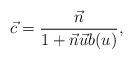
LaTeX: \begin{align*}\vec{c} = \frac{\vec{n}}{1 + \vec{n} \vec{u} b(u)},\end{align*}